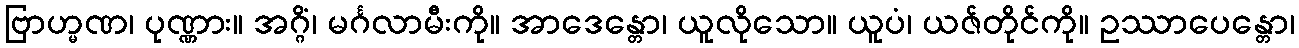
ဗြာဟ္မဏ၊ ပုဏ္ဏား။ အဂ္ဂိံ၊ မင်္ဂလာမီးကို။ အာဒေန္တော၊ ယူလိုသော။ ယူပံ၊ ယဇ်တိုင်ကို။ ဥဿာပေန္တော၊